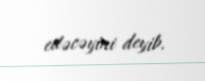
edəcəyini deyib.